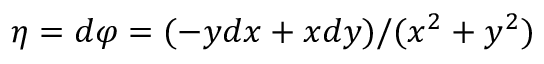
\eta = d \varphi = ( - y d x + x d y ) / ( x ^ { 2 } + y ^ { 2 } )